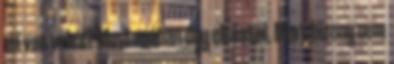
mi van veled? Mostanában úgy eltűntél. Mert bizony nem